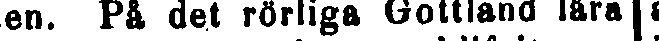
nen. På det rörliga Gottland lära